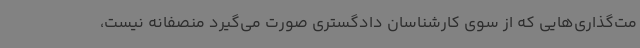
مت‌گذاری‌هایی که از سوی کارشناسان دادگستری صورت می‌گیرد منصفانه نیست،